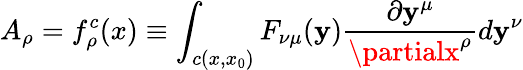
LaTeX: A_{\rho}=f_{\rho}^{c}(x)\equiv\int_{c(x,x_{0})}F_{\nu\mu}(\mathbf{y})\frac{{\partial\mathbf{y}^{\mu}}}{{\partialx^{\rho}}}d\mathbf{y}^{\nu}